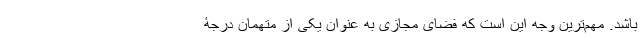
باشد. مهم‌ترین وجه این است که فضای مجازی به عنوان یکی از متهمان درجۀ